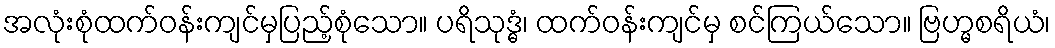
အလုံးစုံထက်ဝန်းကျင်မှပြည့်စုံသော။ ပရိသုဒ္ဓံ၊ ထက်ဝန်းကျင်မှ စင်ကြယ်သော။ ဗြဟ္မစရိယံ၊